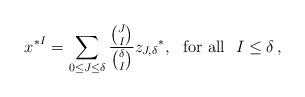
LaTeX: \begin{align*}{x^*}^I=\sum_{0\le J\le \delta} \frac{\binom{J}{I}}{\binom{\delta}{I}} {z_{J,\delta}}^*,\ \mbox{ for all }\ I\le \delta\,,\end{align*}